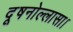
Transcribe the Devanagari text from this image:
दूषनोल्लासा।